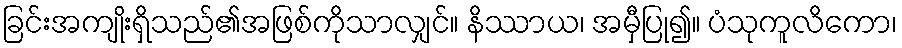
ခြင်းအကျိုးရှိသည်၏အဖြစ်ကိုသာလျှင်။ နိဿာယ၊ အမှီပြု၍။ ပံသုကူလိကော၊